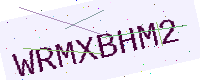
Text: WRMXBHM2